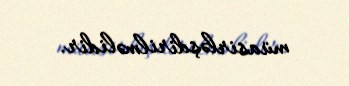
müasirləşdirilməlidir.